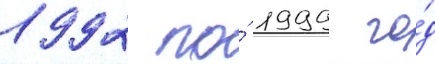
1992 по́ 1999 го́д